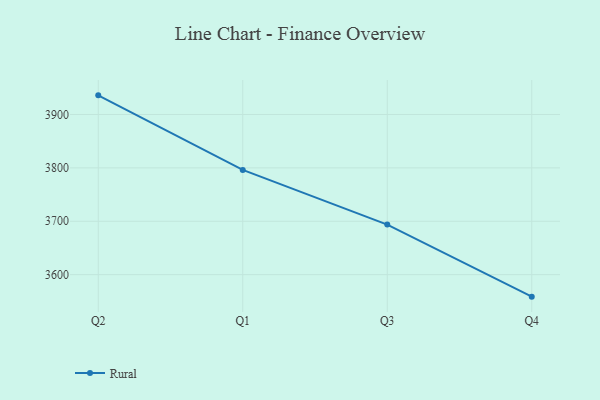
{"axis": {"x": "Quarter", "y": "Budget (USD K)"}, "legend": ["Rural"], "data": [{"x": "Q2", "y": 3935.8, "type": "Rural"}, {"x": "Q1", "y": 3796.1, "type": "Rural"}, {"x": "Q3", "y": 3693.8, "type": "Rural"}, {"x": "Q4", "y": 3558.8, "type": "Rural"}]}